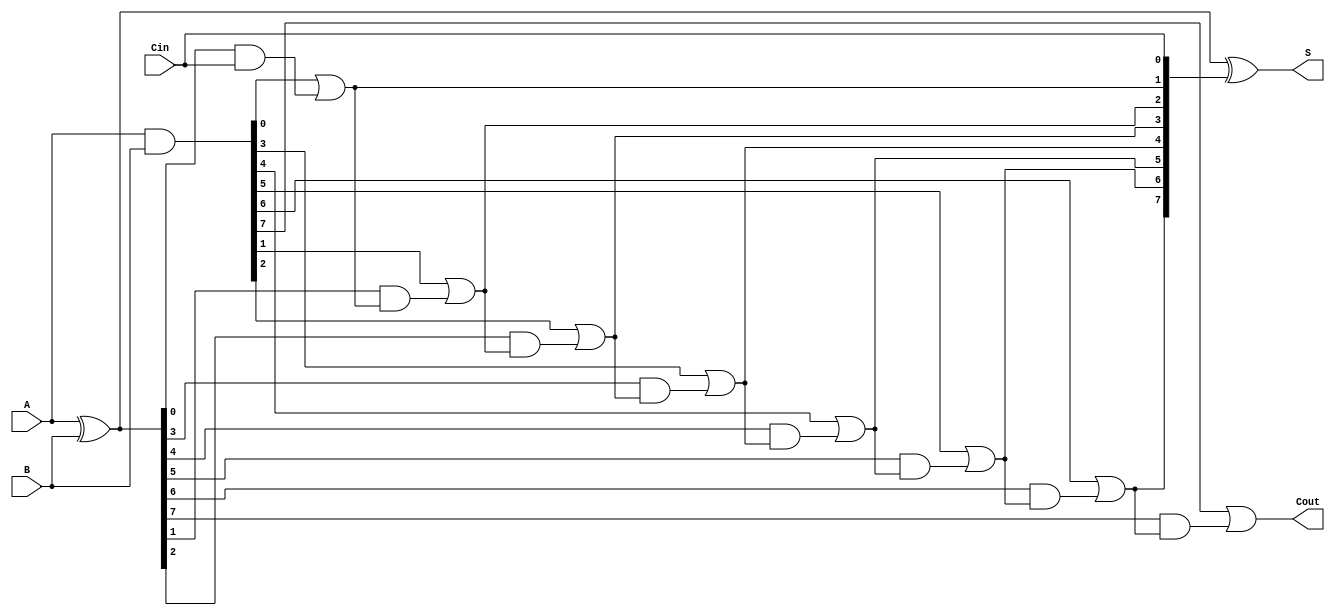
module brent_kung_adder #(parameter N = 8) (
    input [N-1:0] A,        // First operand
    input [N-1:0] B,        // Second operand
    input Cin,              // Carry input
    output [N-1:0] S,       // Sum output
    output Cout             // Carry output
);

// Generate and Propagate signals
wire [N-1:0] G; // Generate
wire [N-1:0] P; // Propagate
wire [N:0] C;    // Carry bits

// Compute Generate and Propagate
assign G = A & B;
assign P = A ^ B;

// Carry initialization
assign C[0] = Cin;

// Carry generation
genvar i;
generate
    for (i = 0; i < N; i = i + 1) begin : carry_generation
        if (i == 0) begin
            assign C[i + 1] = G[i] | (P[i] & C[i]);
        end else begin
            assign C[i + 1] = G[i] | (P[i] & C[i]);
        end
    end
endgenerate

// Sum computation
assign S = P ^ C[N-1:0];

// Final carry output
assign Cout = C[N];

endmodule